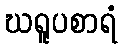
ဃရူပစာရံ